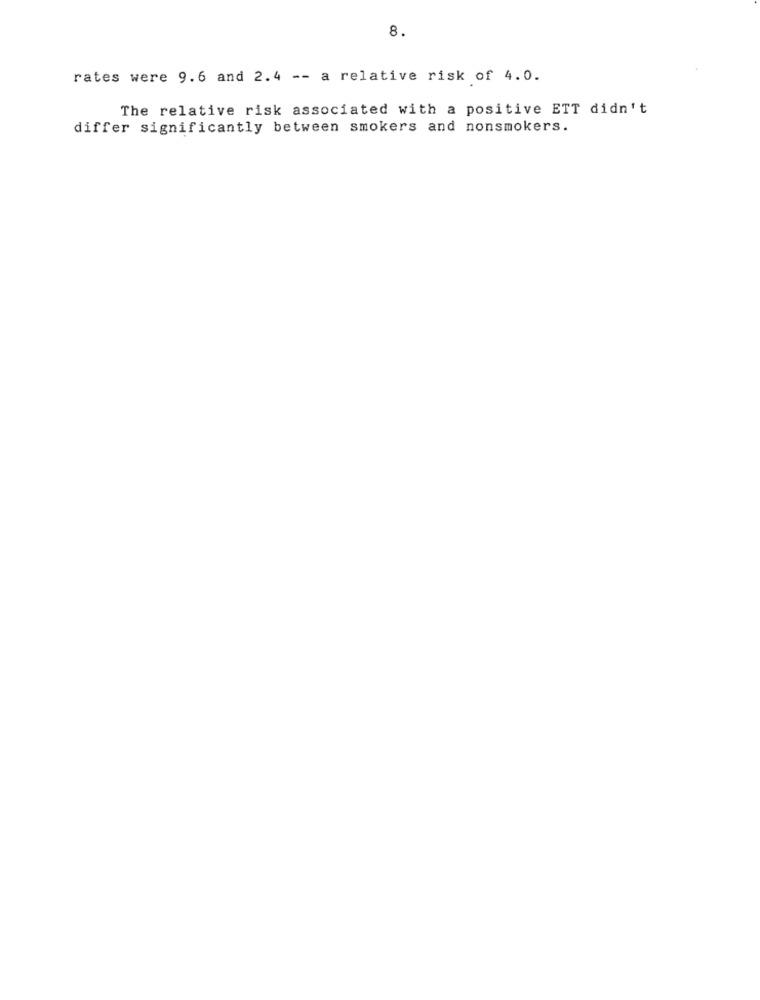
8.
rates were 9.6 and 2.4 -- a relative risk of 4.0.
The relative risk associated with a positive ETT didn't
differ significantly between smokers and nonsmokers.